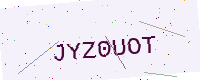
Text: JYZ0UOT